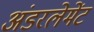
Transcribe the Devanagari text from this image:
अंडरलेमेंट